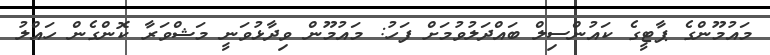
މައުމޫންގެ ޕާޓީގެ ކައުންސިލް ބައްދަލުވުމަށް ފަހު: މައުމޫން ވިދާޅުވަނީ މަޝްވަރާ ކޮންގެން ހައްލު